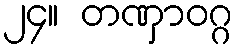
၂၄။ တဏှာဝဂ္ဂ